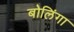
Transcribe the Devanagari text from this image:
बोलिंगा